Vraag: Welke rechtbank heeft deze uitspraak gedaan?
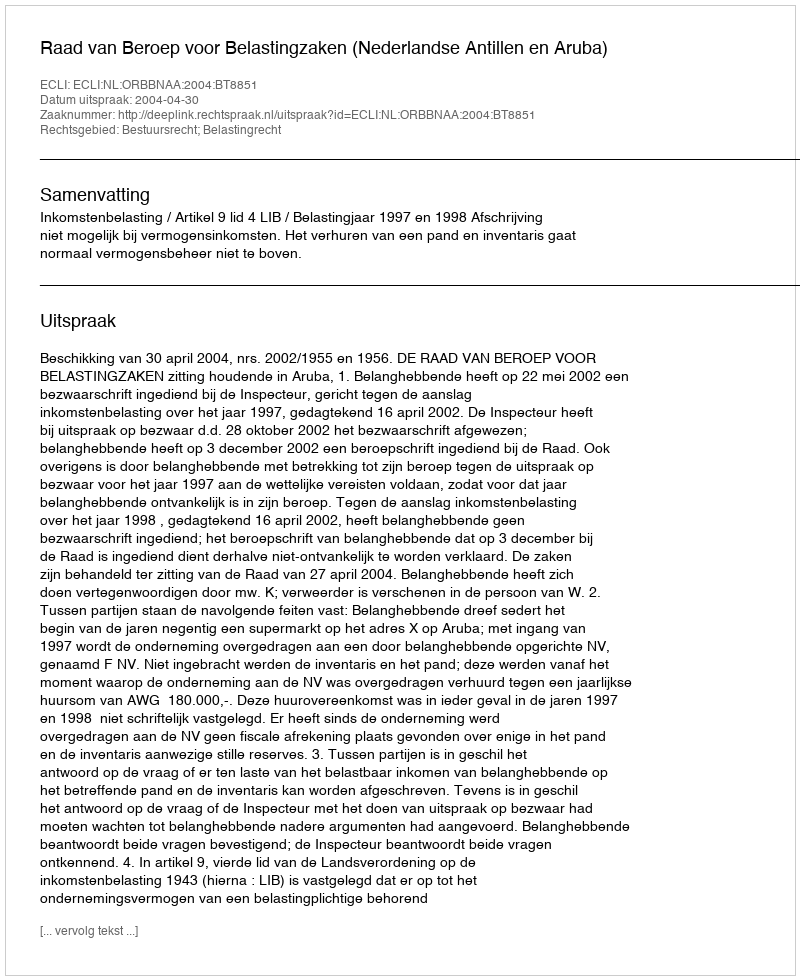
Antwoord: Raad van Beroep voor Belastingzaken (Nederlandse Antillen en Aruba)